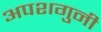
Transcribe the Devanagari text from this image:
अपशगुनी